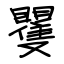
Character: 矍